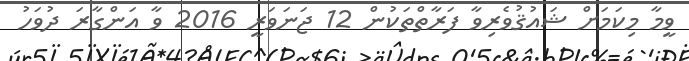
ވީމާ މިކަމަށް ޝައުޤުވެރިވާ ފަރާތްތަކުން 12 ޖަނަވަރީ 2016 ވާ އަންގާރަ ދުވަހު